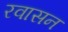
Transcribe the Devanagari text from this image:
रवासन